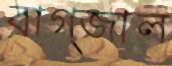
বাগ্‌জাল